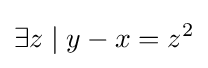
\exists z\mid y-x=z^{2}